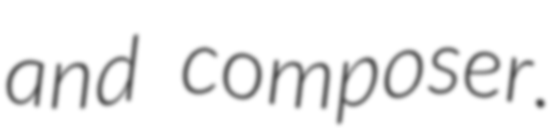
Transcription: and composer.